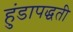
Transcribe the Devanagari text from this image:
हुंडापद्धती